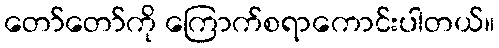
တော်တော်ကို ကြောက်စရာကောင်းပါတယ်။